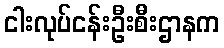
ငါးလုပ်ငန်းဦးစီးဌာနက